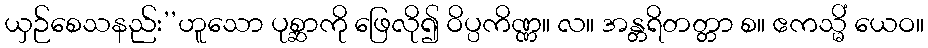
ယှဉ်စေသနည်း’’ဟူသော ပုစ္ဆာကို ဖြေလို၍ ဝိပ္ပကိဏ္ဏ။ လ။ အန္တရိတတ္တာ စ။ ဧကသ္မိံ ယေဝ။